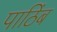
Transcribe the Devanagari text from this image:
पाठिंब